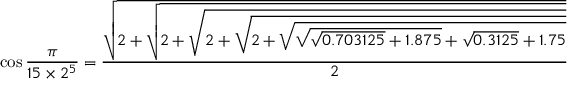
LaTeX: \cos { \frac { \pi } { 1 5 \times 2 ^ { 5 } } } = { \frac { \sqrt { 2 + { \sqrt { 2 + { \sqrt { 2 + { \sqrt { 2 + { \sqrt { { \sqrt { { \sqrt { 0 . 7 0 3 1 2 5 } } + 1 . 8 7 5 } } + { \sqrt { 0 . 3 1 2 5 } } + 1 . 7 5 } } } } } } } } } } { 2 } }